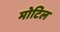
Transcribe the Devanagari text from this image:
मोटिल